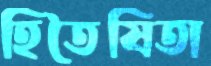
হিতৈষিতা